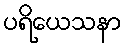
ပရိယေသနာ